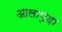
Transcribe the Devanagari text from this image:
आलापुड़ा